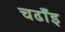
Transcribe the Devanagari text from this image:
चढाँइ